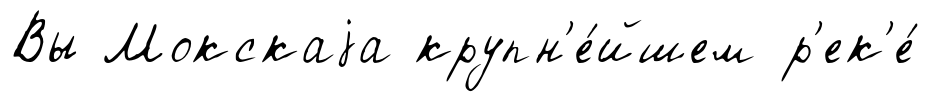
Вы Мокскаjа крупн'е́йшем р'ек'е́